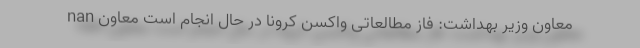
nan معاون وزیر بهداشت: فاز مطالعاتی واکسن کرونا در حال انجام است معاون